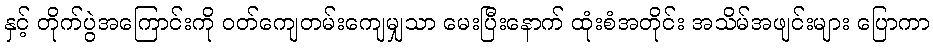
နှင့် တိုက်ပွဲအကြောင်းကို ဝတ်ကျေတမ်းကျေမျှသာ မေးပြီးနောက် ထုံးစံအတိုင်း အသိမ်အဖျင်းများ ပြောကာ